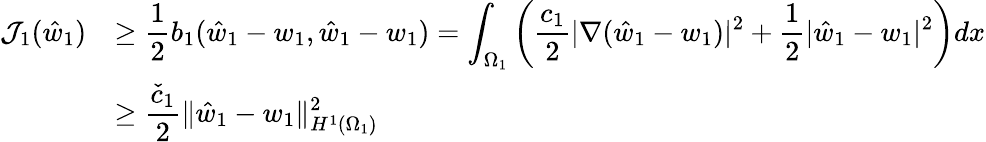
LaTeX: \begin{array}{rl}{\mathcal{J}_{1}(\hat{w}_{1})}&{\displaystyle\geq\frac 12b_{1}(\hat{w}_{1}-w_{1},\hat{w}_{1}-w_{1})=\int_{\Omega_{1}}\left(\frac{c_{1}}{2}|\nabla(\hat{w}_{1}-w_{1})|^{2}+\frac 12|\hat{w}_{1}-w_{1}|^{2}\right)dx}\\ &{\displaystyle\geq\frac{\check{c}_{1}}{2}\lVert\hat{w}_{1}-w_{1}\rVert_{H^{1}(\Omega_{1})}^{2}}\end{array}